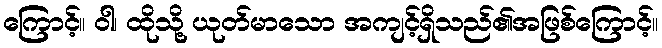
ကြောင့်။ ဝါ၊ ထိုသို့ ယုတ်မာသော အကျင့်ရှိသည်၏အဖြစ်ကြောင့်။